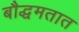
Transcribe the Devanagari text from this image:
बौद्धमतात